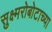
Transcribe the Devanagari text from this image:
सुक्ष्मरोबोटाच्या